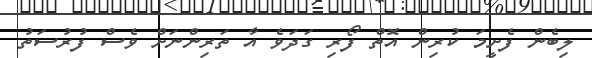
ލިބެން ފެށީމަ ކުރިން އޮތް ފޯރި ގަދަވެ އާ ތަރިންނަށް ވެސް ފުރުސަތު